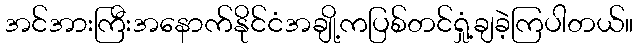
အင်အားကြီးအနောက်နိုင်ငံအချို့ကပြစ်တင်ရှုံ့ချခဲ့ကြပါတယ်။